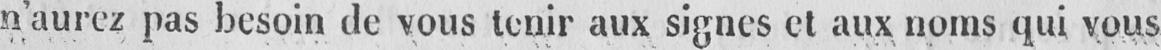
n’aurez pas besoin de vous tenir aux signes et aux noms qui vous